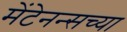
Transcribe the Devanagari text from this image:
मेंटेनन्सच्या